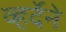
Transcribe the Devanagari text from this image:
व्हर्देने